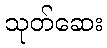
သုတ်ဆေး